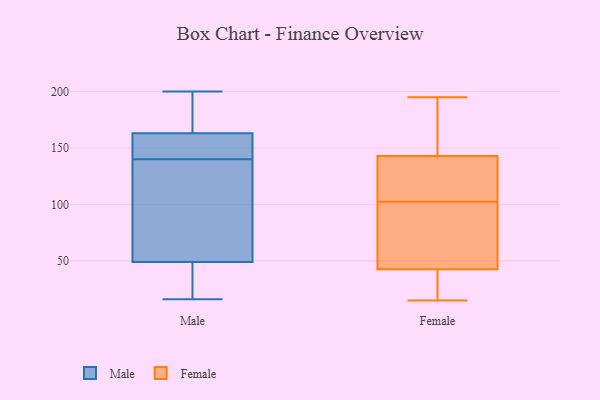
{"axis": {"x": "Customer Acquisition Cost (USD)", "y": "Value"}, "legend": ["Female", "Male"], "data": [{"x": "", "y": 163, "type": "Male"}, {"x": "", "y": 16, "type": "Male"}, {"x": "", "y": 176, "type": "Male"}, {"x": "", "y": 160, "type": "Male"}, {"x": "", "y": 49, "type": "Male"}, {"x": "", "y": 148, "type": "Male"}, {"x": "", "y": 200, "type": "Male"}, {"x": "", "y": 132, "type": "Male"}, {"x": "", "y": 129, "type": "Male"}, {"x": "", "y": 34, "type": "Male"}, {"x": "", "y": 133, "type": "Female"}, {"x": "", "y": 152, "type": "Female"}, {"x": "", "y": 15, "type": "Female"}, {"x": "", "y": 157, "type": "Female"}, {"x": "", "y": 80, "type": "Female"}, {"x": "", "y": 47, "type": "Female"}, {"x": "", "y": 109, "type": "Female"}, {"x": "", "y": 148, "type": "Female"}, {"x": "", "y": 38, "type": "Female"}, {"x": "", "y": 138, "type": "Female"}, {"x": "", "y": 96, "type": "Female"}, {"x": "", "y": 111, "type": "Female"}, {"x": "", "y": 71, "type": "Female"}, {"x": "", "y": 25, "type": "Female"}, {"x": "", "y": 78, "type": "Female"}, {"x": "", "y": 164, "type": "Female"}, {"x": "", "y": 115, "type": "Female"}, {"x": "", "y": 195, "type": "Female"}, {"x": "", "y": 17, "type": "Female"}, {"x": "", "y": 21, "type": "Female"}]}